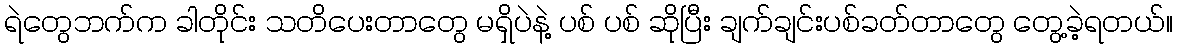
ရဲတွေဘက်က ခါတိုင်း သတိပေးတာတွေ မရှိပဲနဲ့ ပစ် ပစ် ဆိုပြီး ချက်ချင်းပစ်ခတ်တာတွေ တွေ့ခဲ့ရတယ်။